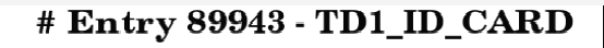
# Entry 89943 - TD1_ID_CARD